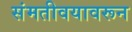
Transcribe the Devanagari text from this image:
संमतीवयावरून